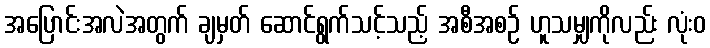
အပြောင်းအလဲအတွက် ချမှတ် ဆောင်ရွက်သင့်သည့် အစီအစဉ် ဟူသမျှကိုလည်း လုံးဝ